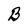
Character: B